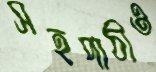
সহপাঠীও